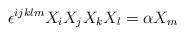
LaTeX: \begin{align*}\epsilon^{ijklm} X_i X_j X_k X_l = \alpha X_m\end{align*}